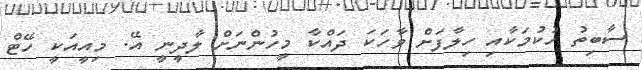
ސާބިތު ހުކުމަކާއި ހިލާފަށް ވާހަކަ ދައްކާ މީހުންނަށް ލާދީނީ އޭ. މިއީއަކީ ހޭޓް